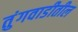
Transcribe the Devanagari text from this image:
तुंगवाडीतील